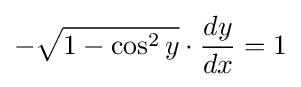
-{\sqrt {1-\cos ^{2}y}}\cdot {dy \over dx}=1